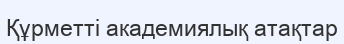
Құрметті академиялық атақтар